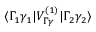
\langle \Gamma _ { 1 } \gamma _ { 1 } | V _ { \Gamma \gamma } ^ { ( 1 ) } | \Gamma _ { 2 } \gamma _ { 2 } \rangle